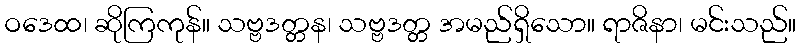
ဝဒေထ၊ ဆိုကြကုန်။ သဗ္ဗဒတ္တန၊ သဗ္ဗဒတ္တ အမည်ရှိသော။ ရာဇိနာ၊ မင်းသည်။